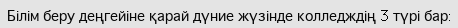
Білім беру деңгейіне қарай дүние жүзінде колледждің 3 түрі бар: